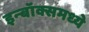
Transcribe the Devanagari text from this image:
इन्बॉक्समध्ये